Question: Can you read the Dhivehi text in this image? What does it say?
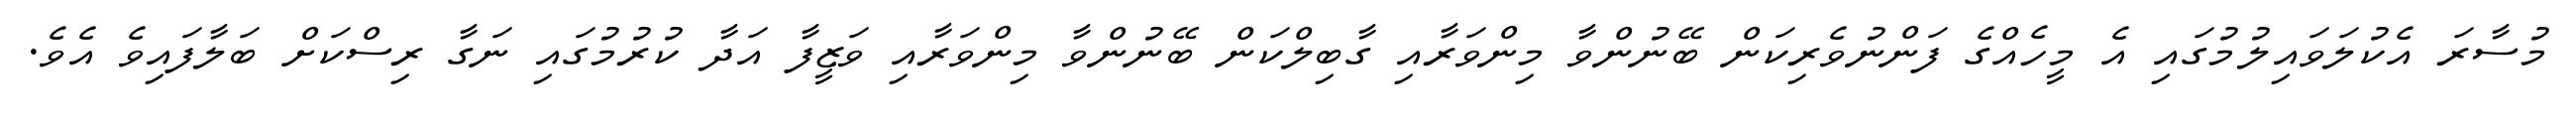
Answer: މުސާރަ އެކުލަވައިލުމުގައި އެ މީހެއްގެ ފަންނުވެރިކަން ބޭނުންވާ މިންވަރާއި ގާބިލްކަން ބޭނުންވާ މިންވަރާއި ވަޒީފާ އަދާ ކުރުމުގައި ނަގާ ރިސްކަށް ބަލާފައިވެ އެވެ.